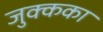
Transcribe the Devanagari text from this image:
जुक्कका